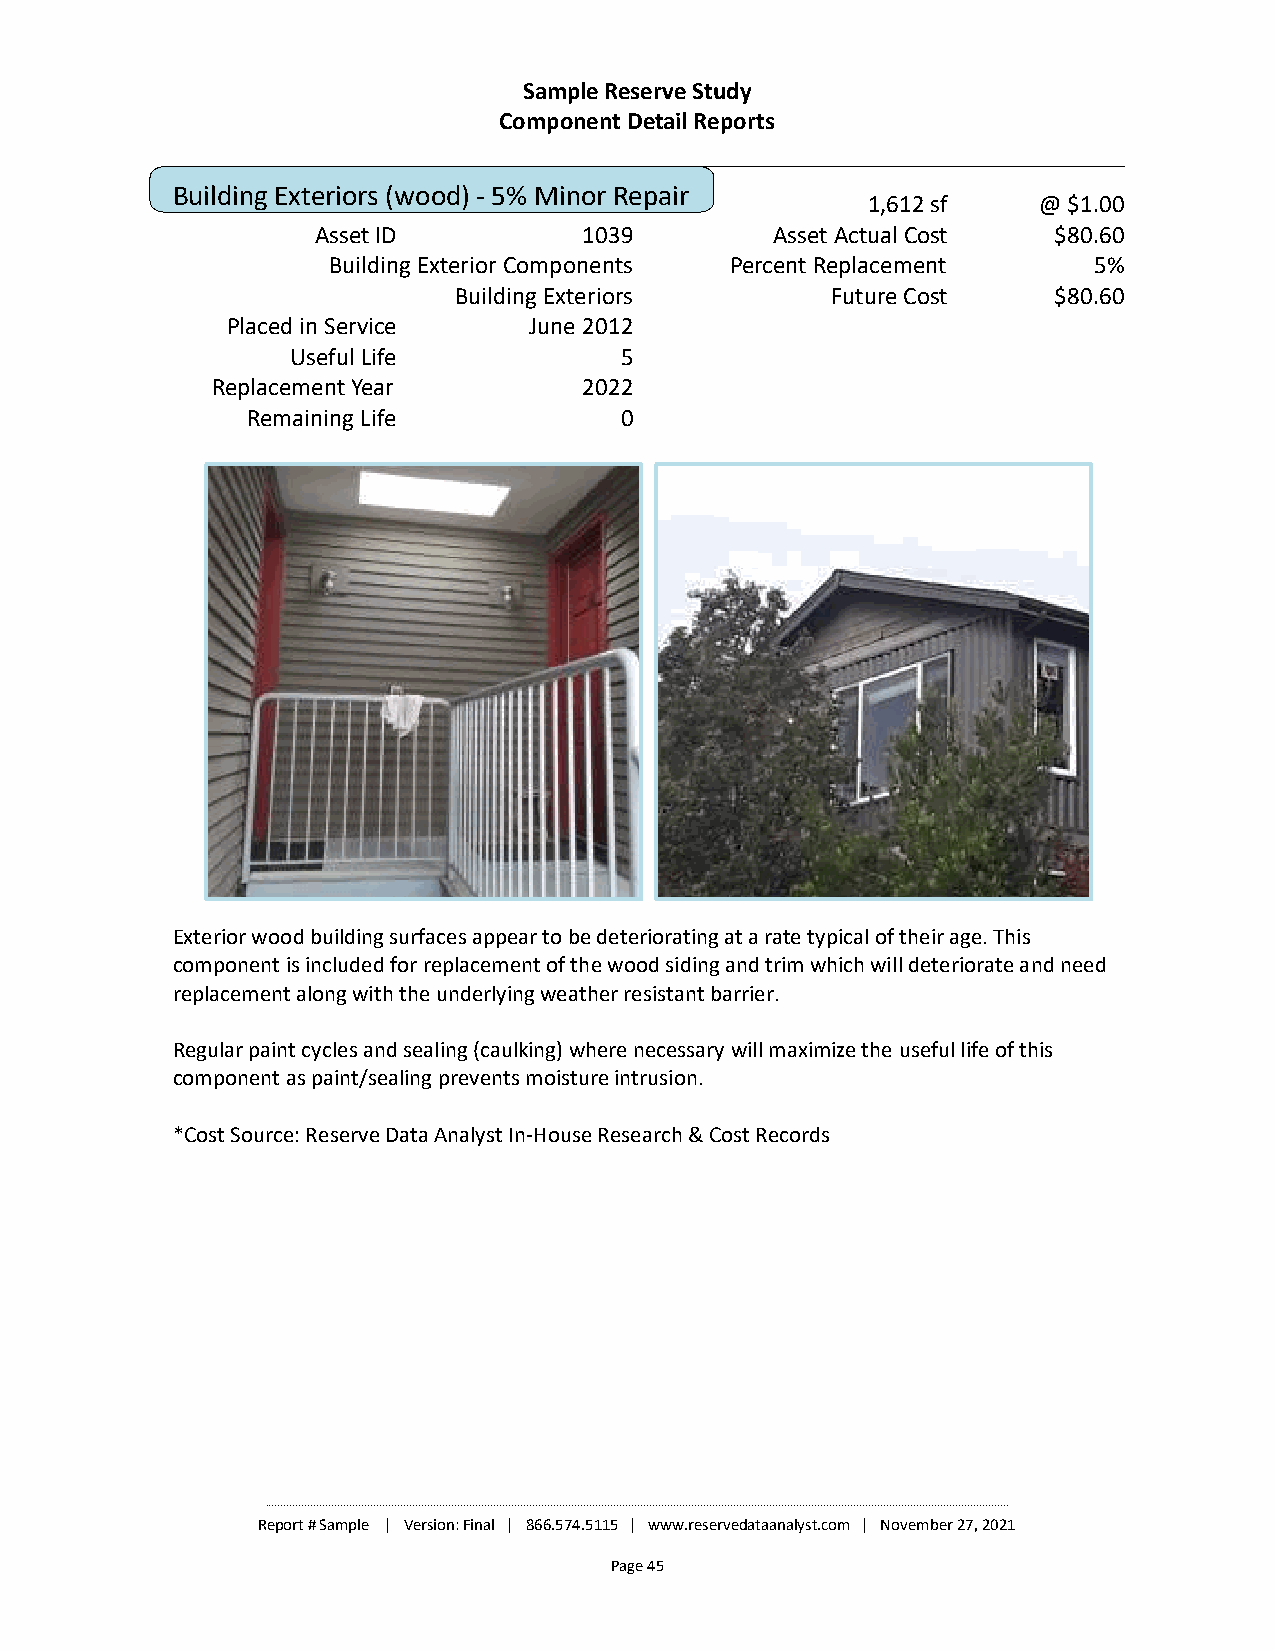
Sample Reserve Study
 Component Detail Reports
 Building Exteriors (wood) - 5% Minor Repair
 1,612 sf    @ $1.00
 Asset ID          1039        Asset Actual Cost  $80.60
 Building Exterior Components Percent Replacement  5%
 Building Exteriors       Future Cost    $80.60
 Placed in Service   June 2012
 Useful Life           5
 Replacement Year         2022
 Remaining Life           0
 Exterior wood building surfaces appear to be deteriorating at a rate typical of their age. This
 component is included for replacement of the wood siding and trim which will deteriorate and need
 replacement along with the underlying weather resistant barrier.
 Regular paint cycles and sealing (caulking) where necessary will maximize the useful life of this
 component as paint/sealing prevents moisture intrusion.
 *Cost Source: Reserve Data Analyst In-House Research & Cost Records
 ________________________________________________________________________________________________________________________________________________________________________________________________________________________________________________________
 Report # Sample | Version: Final | 866.574.5115 | www.reservedataanalyst.com | November 27, 2021
 Page 45